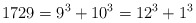
\begin{align*}1729=9^{3}+10^{3}=12^{3}+1^{3}\end{align*}